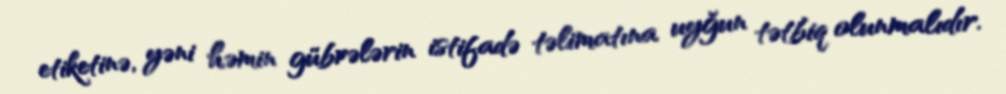
etiketinə, yəni həmin gübrələrin istifadə təlimatına uyğun tətbiq olunmalıdır.